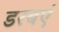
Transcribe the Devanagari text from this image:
डरबएं